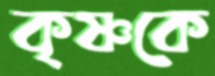
কৃষ্ণকে